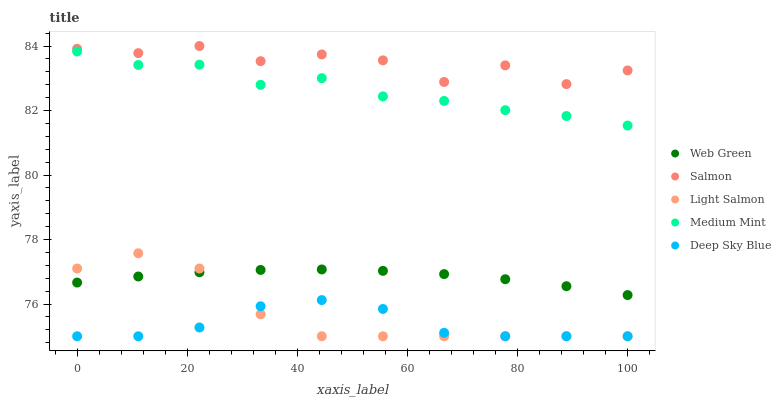
| xaxis_label | Web Green | Salmon | Light Salmon | Medium Mint | Deep Sky Blue |
 | --- | --- | --- | --- | --- | --- |
 | 0 | 76.7 | 83.9 | 77.1 | 83.8 | 75 |
 | 11.1 | 76.9 | 83.8 | 77.6 | 83.4 | 75 |
 | 22.2 | 77 | 84 | 77.1 | 83.4 | 75.3 |
 | 33.3 | 77.1 | 83.5 | 75.7 | 82.8 | 75.9 |
 | 44.4 | 77.1 | 83.7 | 75 | 83 | 76.1 |
 | 55.6 | 77 | 83.6 | 75 | 82.4 | 75.8 |
 | 66.7 | 76.9 | 82.9 | 75 | 82.3 | 75.1 |
 | 77.8 | 76.8 | 83.4 | 75 | 82 | 75 |
 | 88.9 | 76.6 | 82.8 | 75 | 81.8 | 75 |
 | 100 | 76.3 | 83.2 | 75 | 81.5 | 75 |